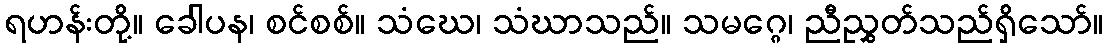
ရဟန်းတို့။ ခေါပန၊ စင်စစ်။ သံဃေ၊ သံဃာသည်။ သမဂ္ဂေ၊ ညီညွှတ်သည်ရှိသော်။